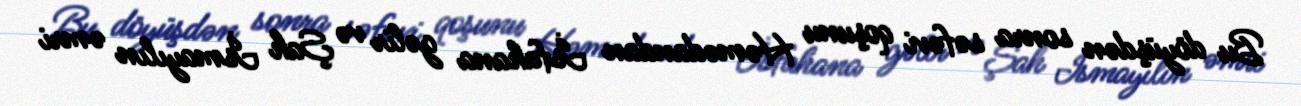
Bu döyüşdən sonra səfəvi qoşunu Həmədandan İsfahana gəlir və Şah İsmayılın əmri